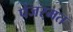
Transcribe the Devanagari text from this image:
पंजरमत